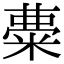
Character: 𥺠